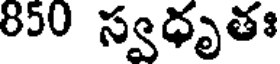
850 స్వధృతః